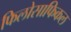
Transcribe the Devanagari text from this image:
फिलोसाफिकल